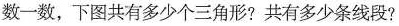
数一数，下图共有多少个三角形？共有多少条线段？